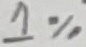
Text: 1%